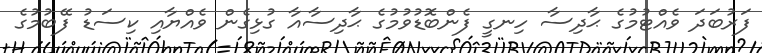
ފަރުބަދަ ވެއްޓުމުގެ ޙާދިސާ ހިނގީ ފެންބޮޑުވުމުގެ ޙާދިސާއާ ގުޅިގެން ވެއްޔާއި ކިސަޑު ފޭބުމުގެ